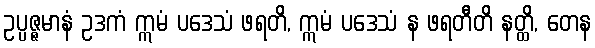
ဥပ္ပဇ္ဇမာနံ ဥဒကံ ဣမံ ပဒေသံ ဖရတိ, ဣမံ ပဒေသံ န ဖရတီတိ နတ္ထိ, တေန